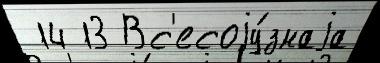
 14 13 Вс'есоjу́знаjа